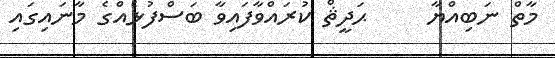
މާތް ނަބިއްޔާ     ޙަދީޘް ކުރައްވާފައިވާ ބަސްފުޅެއްގެ މާނައިގައި